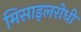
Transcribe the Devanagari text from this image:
मिसाइलरोधी